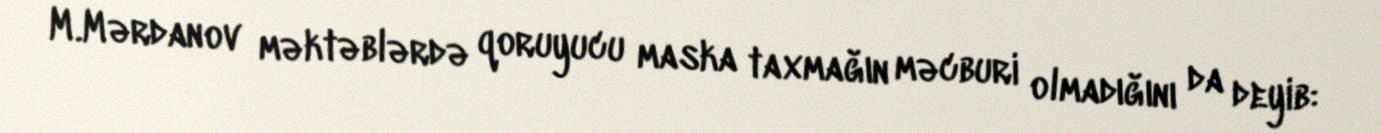
M.Mərdanov məktəblərdə qoruyucu maska taxmağın məcburi olmadığını da deyib: